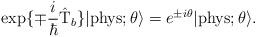
LaTeX: \begin{align*}\exp\{\mp \frac{i}{\hbar} \hat{\rm T}_b\} |{\rm phys}; \theta \rangle = e^{\pm i\theta} |{\rm phys}; \theta \rangle.\end{align*}